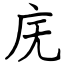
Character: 庑